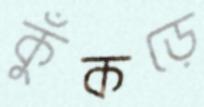
কুঁকড়ে